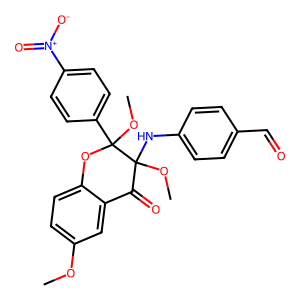
SMILES: COc1ccc2c(c1)C(=O)C(Nc1ccc(C=O)cc1)(OC)C(OC)(c1ccc([N+](=O)[O-])cc1)O2
Inhibits HIV replication: No